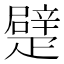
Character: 𤴣